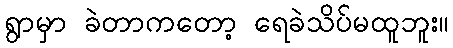
ရွာမှာ ခဲတာကတော့ ရေခဲသိပ်မထူဘူး။